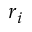
r _ { i }